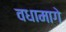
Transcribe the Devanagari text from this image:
वधामागे